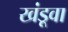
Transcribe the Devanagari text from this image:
खंडूवा